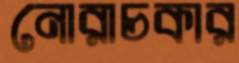
নোরাচকার